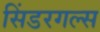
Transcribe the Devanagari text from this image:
सिंडरगल्स